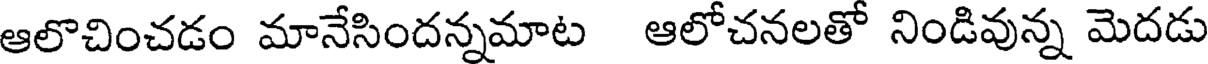
ఆలొచించడం మానేసిందన్నమాట ఆలోచనలతో నిండివున్న మెదడు